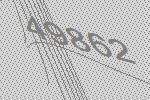
49862